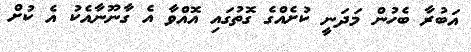
އަބުރާ ބެހުން މަދަނީ ކުށެއްގެ ގޮތުގައި އޮއްވާ އެ ގާނޫނާއެކު އެ ކުށް